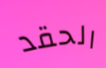
الحقد